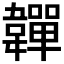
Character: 𩏥